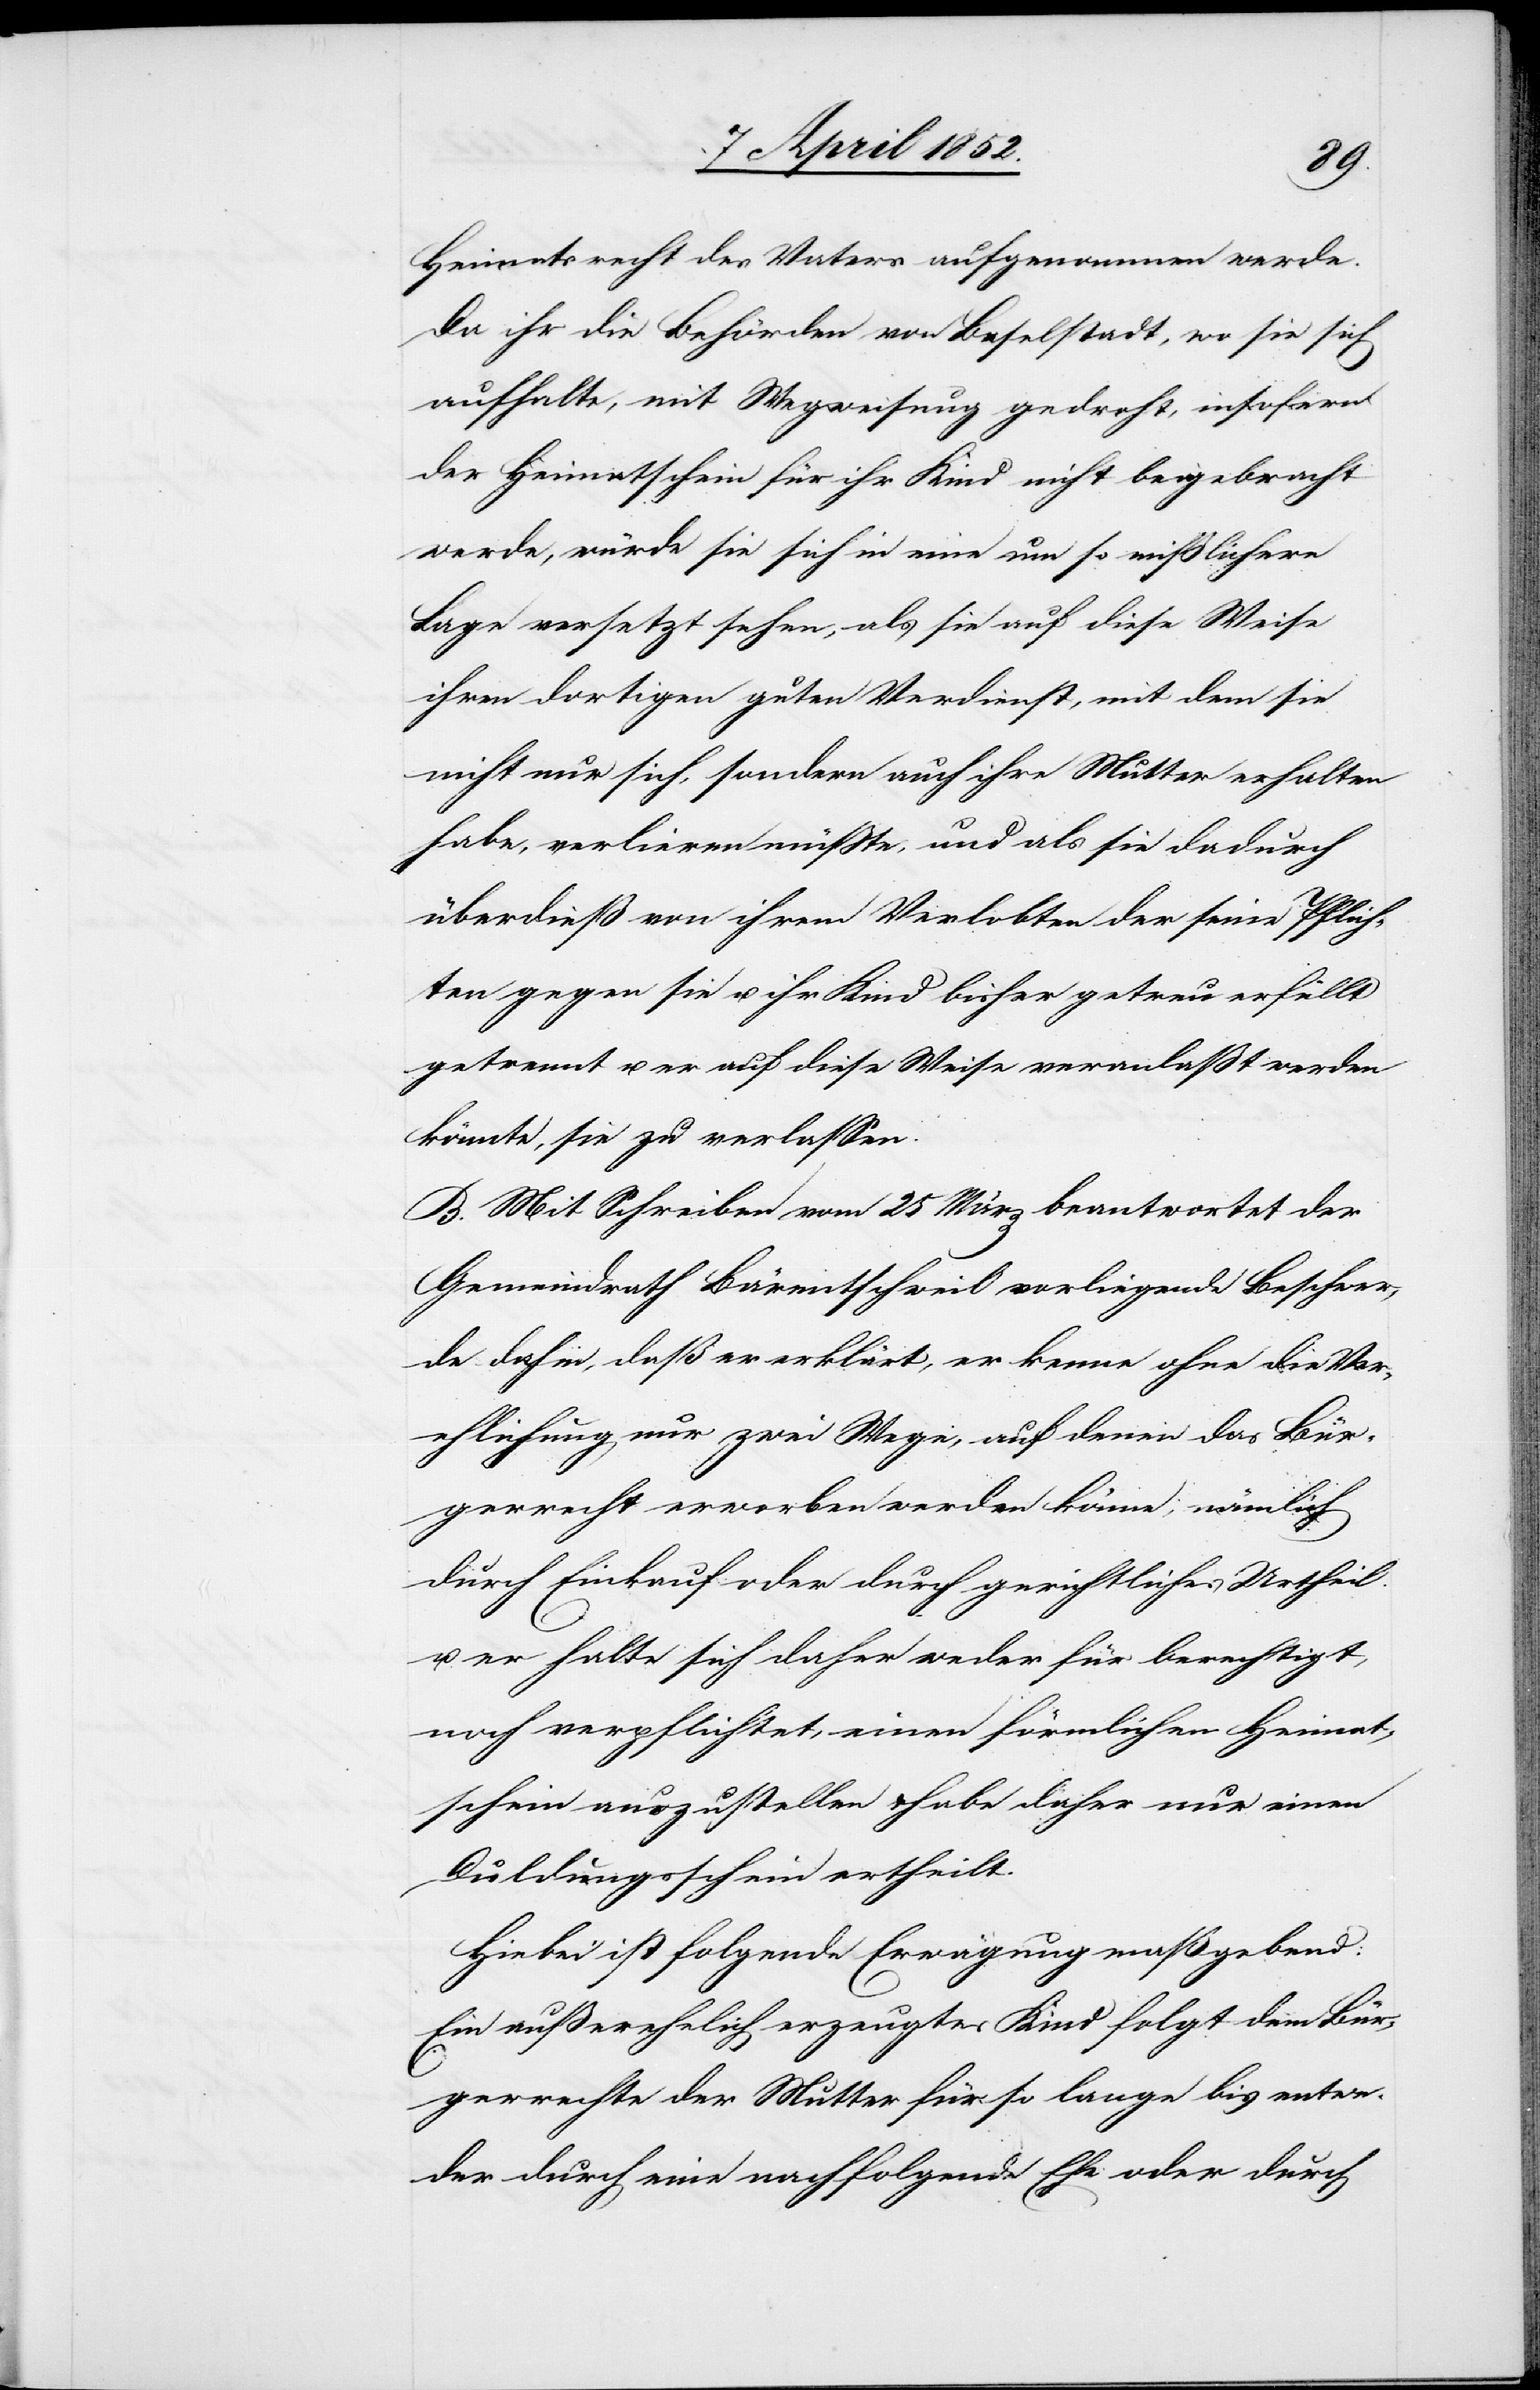
Heimatsrecht des Vaters aufgenommen werde.
Da ihr die Behörden von Baselstadt, wo sie sich
aufhalte, mit Wegweisung gedroht, insofern
der Heimatschein für ihr Kind nicht beigebracht
werde, würde sie sich in eine um so mißlichere
Lage versetzt sehen, als sie auf diese Weise
ihren dortigen guten Verdienst, mit dem sie
nicht nur sich, sondern auch ihre Mutter erhalten
habe, verlieren müsste, und als sie dadurch
überdieß von ihrem Verlobten der seine Pflich¬
ten gegen sie u. ihr Kind bisher getreu erfüllt
getrennt u. er auf diese Weise veranlaßt werden
könnte, sie zu verlassen.
B. Mit Schreiben vom 25 März beantwortet der
Gemeindrath Bärentschweil vorliegende Beschwer¬
de dahin, daß er erklärt, er kenne ohne die Ver¬
ehlichung nur zwei Wege, auf denen das Bür¬
gerrecht erworben werden könne; nämlich
durch Einkauf oder durch gerichtliches Urtheil.
u. er halte sich daher weder für berechtigt,
noch verpflichtet, einen förmlichen Heimat¬
schein auszustellen & habe daher nur einen
Duldungsschein ertheilt.
Hiebei ist folgende Erwägung maßgebend:
Ein außerehelich erzeugtes Kind folgt dem Bür¬
gerrechte der Mutter für so lange bis entwe¬
der durch eine nachfolgende Ehe oder durch